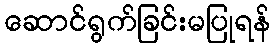
ဆောင်ရွက်ခြင်းမပြုရန်